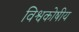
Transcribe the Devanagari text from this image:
विश्वकोषीय